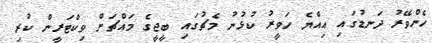
ހެންވޭރު ދަނޑުގައި އިއްޔެ ހަވީރު ކުޅުނު މެޗުގައި ބީޖީގެ މައްޗަށް ވިކްޓަރީން ކުރި